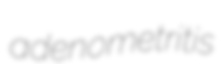
adenometritis